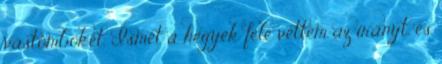
vastömböket. Ismét a hegyek felé vettem az irányt, és